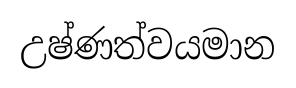
උෂ්ණත්වයමාන